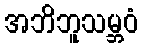
အဘိဘူသမ္ဘဝံ